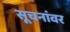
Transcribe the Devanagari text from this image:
सूचनांवर